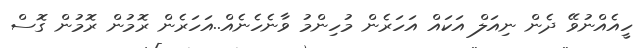
ހީއެއްނުވޭ ދެން ނިއަލް އަކައް އަހަރެން މުހިންމު ވާނެހެނެއް..އަހަރެން ރޮމުން ރޮމުން ގޮސް